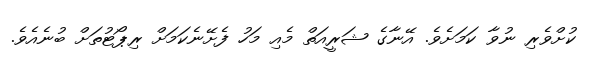
ކުށްވެރި ނުވާ ކަމަށެވެ. އޭނާގެ ޝަރީއަތް މެއި މަހު ފެށޭނެކަމަށް ރިޕޯޓުތަށް ބުނެއެވެ.